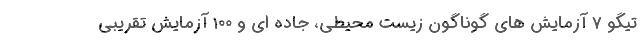
تیگو 7 آزمایش های گوناگون زیست محیطی، جاده ای و 100 آزمایش تقریبی